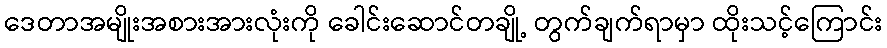
ဒေတာအမျိုးအစားအားလုံးကို ခေါင်းဆောင်တချို့ တွက်ချက်ရာမှာ ထိုးသင့်ကြောင်း